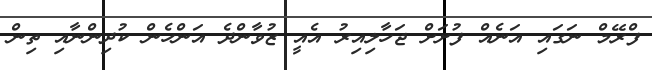
ފްރޭމް ނަގައި އަނެއް ފުށަށް ޖަހާލިއިރު އެއީ ޒުވާންދެ އަންހެން ކުދިންނާއި ތިން